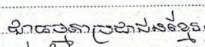
ជាធម្មតាប្រជាជនខ្មែរ